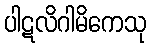
ပါဋလိဂါမိကေသု